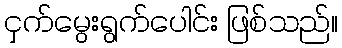
ငှက်မွေးရွက်ပေါင်း ဖြစ်သည်။